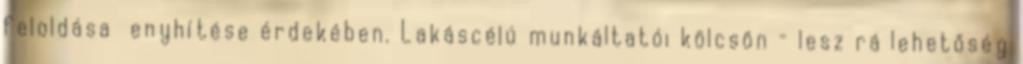
feloldása enyhítése érdekében. Lakáscélú munkáltatói kölcsön – lesz rá lehetőség